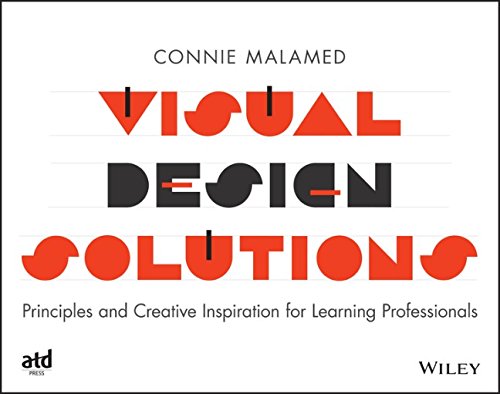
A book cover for Visual Design Solutions: Principles and Creative Inspiration for Learning Professionals; Connie Malamed; Business & Money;